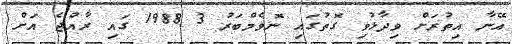
އޭނާ އިތުރަށް ވިދާޅުވި ގޮތުގައި ނޮވެމްބަރު 3 1988 ގައި ރާއްޖެ އަށް